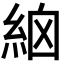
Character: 𥿳